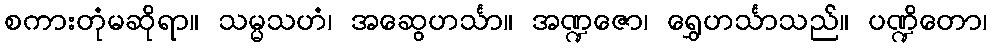
စကားတုံမဆိုရာ။ သမ္မသဟံ၊ အဆွေဟင်္သာ။ အဏ္ဍဇော၊ ရွှေဟင်္သာသည်။ ပဏ္ဍိတော၊